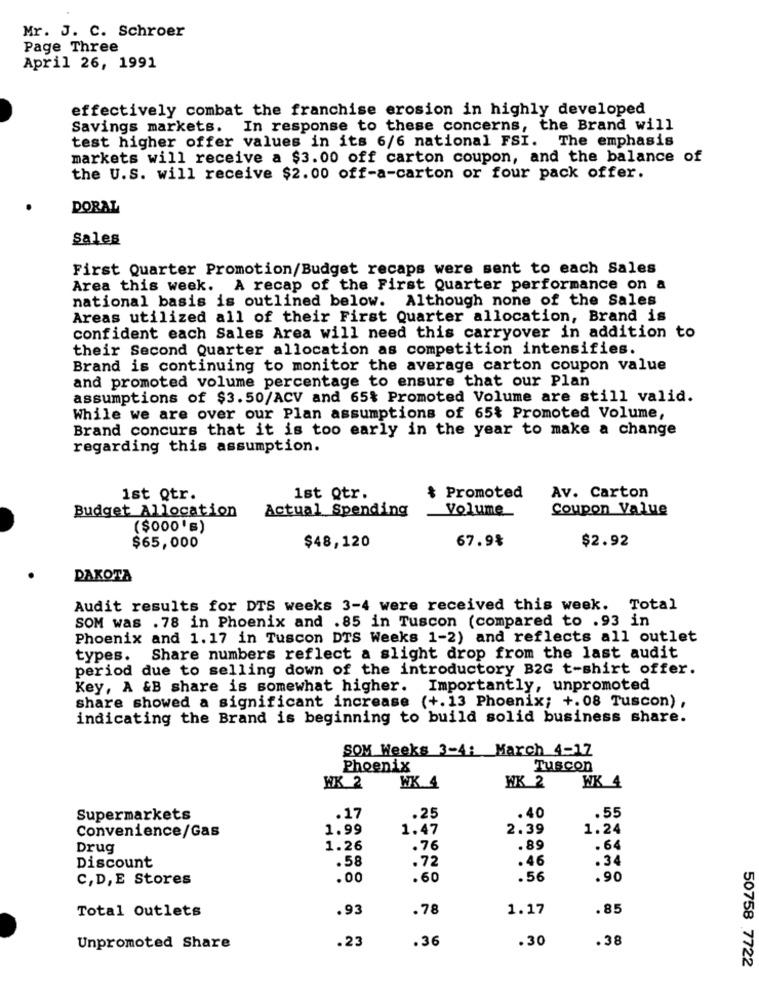
Mr. J. C. Schroer
Page Three
April 26, 1991
effectively combat the franchise erosion in highly developed
Savings markets. In response to these concerns, the Brand will
test higher offer values in its 6/6 national FSI. The emphasis
markets will receive a $3.00 off carton coupon, and the balance of
the U.S. will receive $2.00 off-a-carton or four pack offer.
DORAL
Sales
First Quarter Promotion/Budget recaps were sent to each Sales
Area this week. A recap of the First Quarter performance on a
national basis is outlined below. Although none of the Sales
Areas utilized all of their First Quarter allocation, Brand is
confident each Sales Area will need this carryover in addition to
their Second Quarter allocation as competition intensifies.
Brand is continuing to monitor the average carton coupon value
and promoted volume percentage to ensure that our Plan
assumptions of $3.50/ACV and 65% Promoted Volume are still valid.
While we are over our Plan assumptions of 65% Promoted Volume,
Brand concurs that it is too early in the year to make a change
regarding this assumption.
ist Qtr.
1st Qtr.
& Promoted
Av. Carton
Budget Allocation
Actual Spending
Volume
Coupon Value
($000')
67.9%
$2.92
$65,000
$48,120
DAKOTA
Audit results for DTS weeks 3-4 were received this week. Total
SOM was . 78 in Phoenix and .85 in Tuscon (compared to .93 in
Phoenix and 1.17 in Tuscon DTS Weeks 1-2) and reflects all outlet
types. Share numbers reflect a slight drop from the last audit
period due to selling down of the introductory B2G t-shirt offer.
Key, A &B share is somewhat higher. Importantly, unpromoted
share showed a significant increase (+.13 Phoenix; +.08 Tuscon) ,
indicating the Brand is beginning to build solid business share.
SOM Weeks 3-4: March 4-17
Phoenix
Tuscon
WK 2
WK 4
WK 2
WK 4
Supermarkets
.17
.25
.40
.55
Convenience/Gas
1.99
1.47
2.39
1.24
Drug
1.26
.76
. 89
. 64
.58
.72
.46
.34
Discount
C, D, E Stores
.00
.60
.56
.90
Total Outlets
.93
.78
1.17
. 85
.23
.36
.30
.38
Unpromoted Share
50758 7722